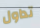
تداول